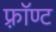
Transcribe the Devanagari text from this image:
फ़्रॉण्ट